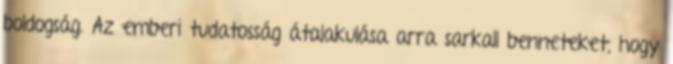
boldogság. Az emberi tudatosság átalakulása arra sarkall benneteket, hogy